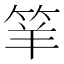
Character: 𥬴